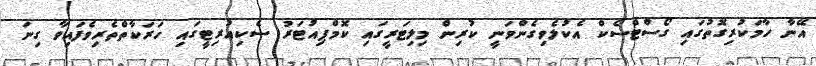
އޭނާ ހާމަކުރިގޮތުގައި ގޯސްޓްސެކް އެކުލެވިގެންވަނީ ކުރިން މިލިޓަރީގައި ކޮމްޕިއުޓަރު ސެކިއުރިޓީގައި ހަރަކާތްތެރިވެފައިވާ ގިނަ